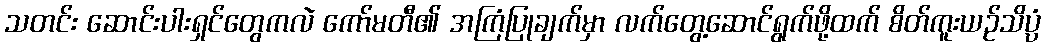
သတင်း ဆောင်းပါးရှင်တွေကလဲ ကော်မတီ၏ အကြံပြုချက်မှာ လက်တွေ့ဆောင်ရွက်ဖို့ထက် စိတ်ကူးယဉ်သိပ္ပံ